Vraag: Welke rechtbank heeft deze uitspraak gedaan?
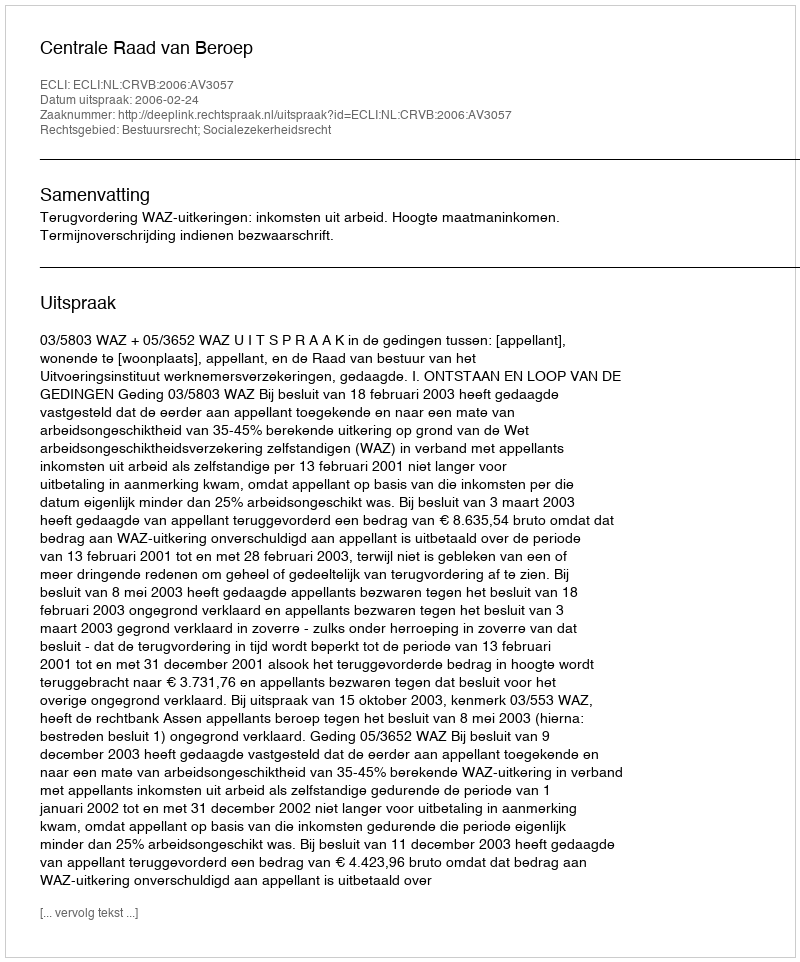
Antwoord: Centrale Raad van Beroep